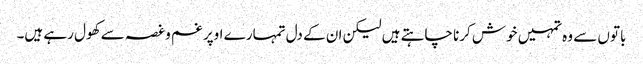
باتوں سے وہ تمہیں خوش کرنا چاہتے ہیں لیکن ان کے دل تمہارے اوپر غم و غصہ سے کھول رہے ہیں۔